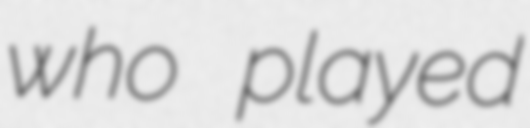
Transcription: who played